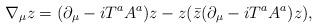
LaTeX: \begin{align*}\nabla_\mu z = (\partial_\mu - iT^aA^a)z - z (\bar{z}(\partial_\mu - iT^aA^a)z ),\end{align*}